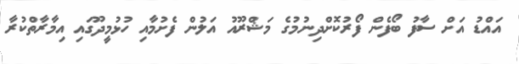
އައްޑު އަށް ސާފު ބޯފެން ފޯރުކޮށްދިނުމުގެ މަޝްރޫއު އަލުން ފެށުމާއި ހުޅުމީދޫގައި އިމާރާތްކުރާ